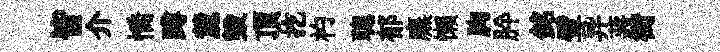
皆介憍蹲麓毁頂扢杓聰郁廡懶胸肸銘璧异蔣街